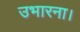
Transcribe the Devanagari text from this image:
उभारना।